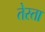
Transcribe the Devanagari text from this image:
तेस्ता